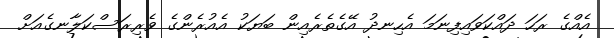
އެއްގެ ރަހަ ދައްކަވައިފިނަމަ އެހިނދު އޭގެތެރެއިން ބަޔަކު އެއުރެންގެ ވެރިރަސްކަލާނގެއަށް